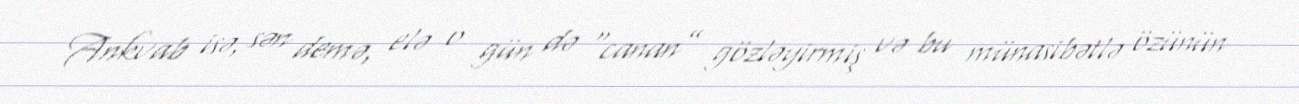
Ankvab isə, sən demə, elə o gün də “canan” gözləyirmiş və bu münasibətlə özünün